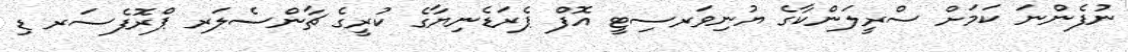
ނުފެންނަ ކަމަށް ސްރީލަންކާގެ ޔުނިވަރސިޓީ އޮފް ޕެރަޑެނިޔާގެ ކުރީގެ ޗާންސެލަރ ޕްރޮފެސަރ ޑި